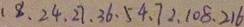
1 8 、 2 4 、 2 7 、 3 6 、 5 4 、 7 2 、 1 0 8 、 2 1 6